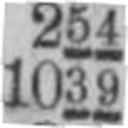
1039